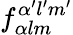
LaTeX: f_{\alpha lm}^{\alpha^{\prime}l^{\prime}m^{\prime}}